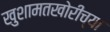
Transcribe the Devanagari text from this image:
खुशामतखोरीच्या